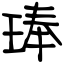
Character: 琫